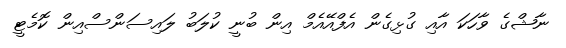
ނާޝްގެ ވާހަކަ އާއި ގުޅިގެން އެފްއޭއެމް އިން ބުނީ ކުލަބު ލައިސަންސްއިން ކޮމެޓީ